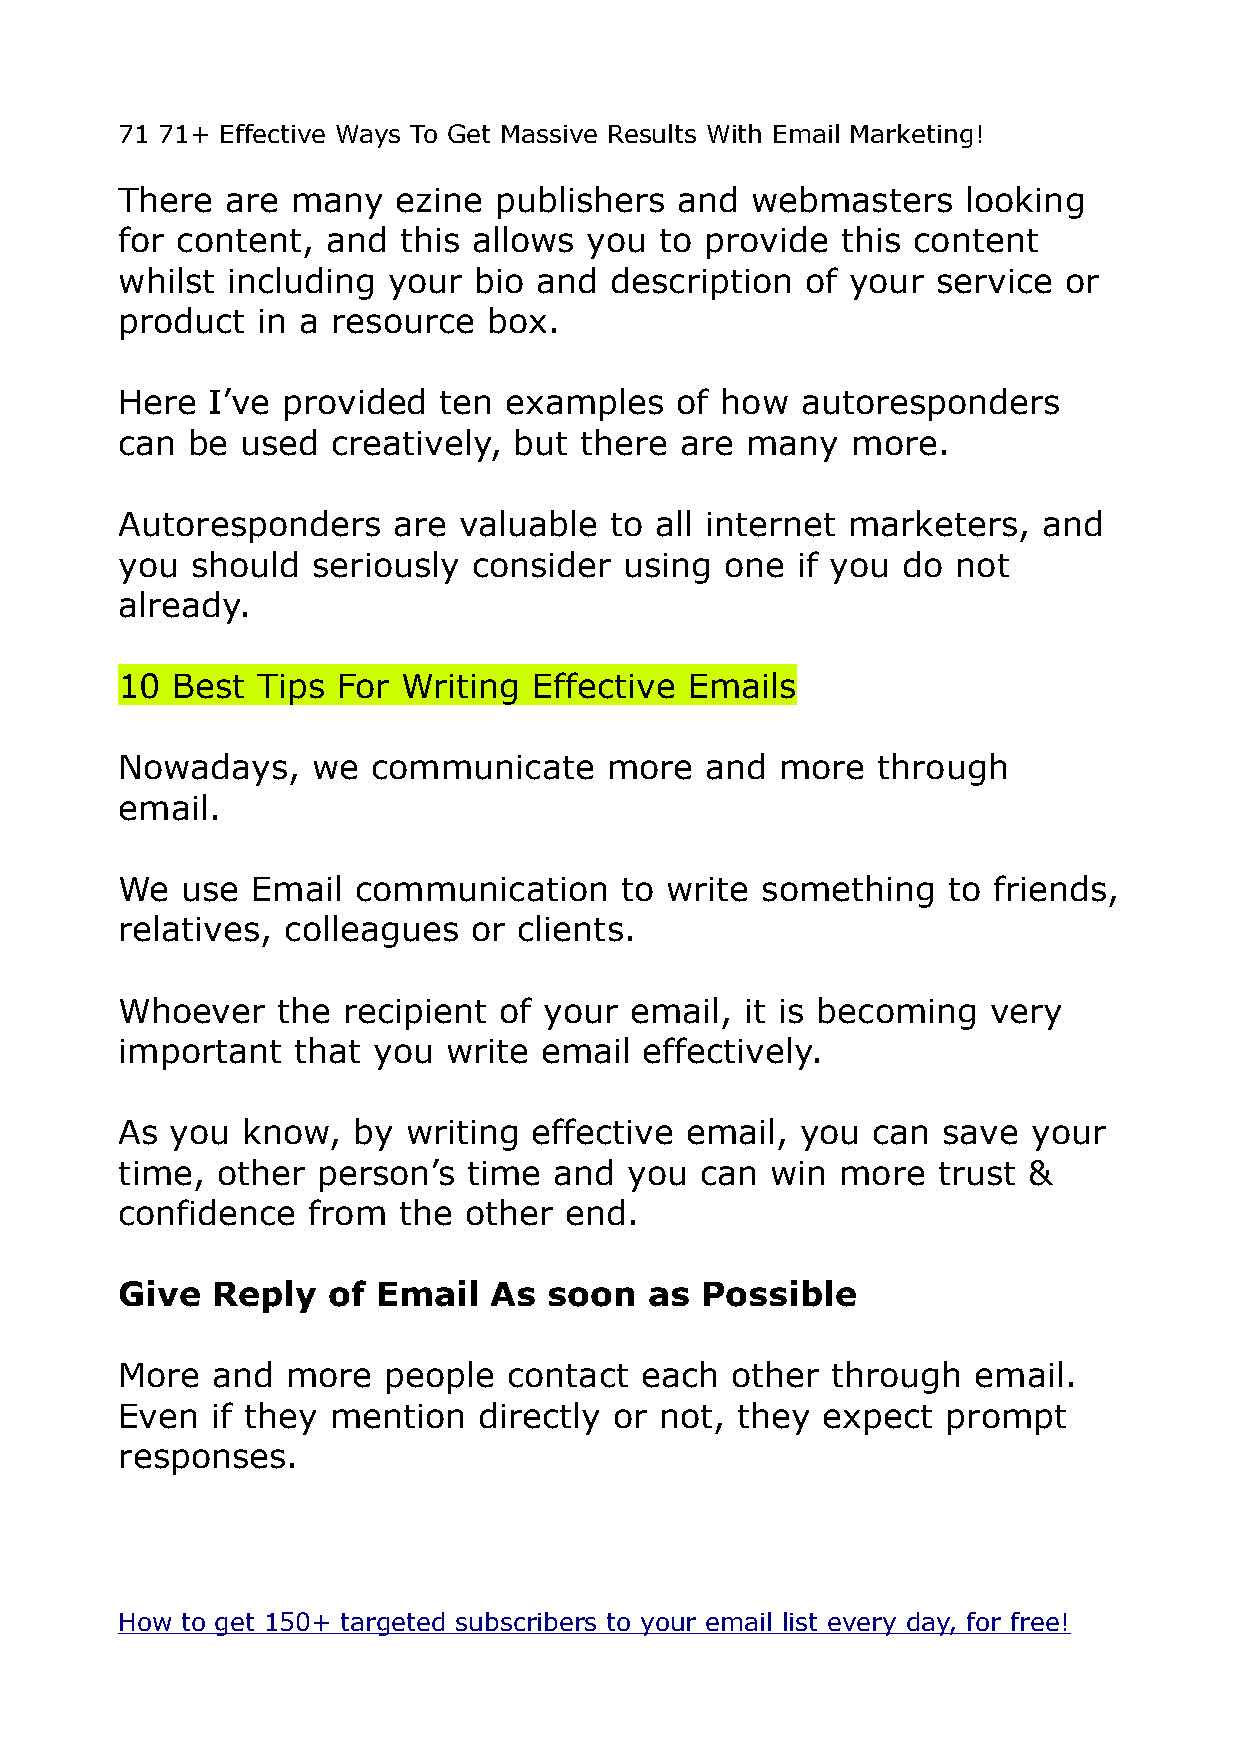
71 71+ Effective Ways To Get Massive Results With Email Marketing!
 There  are many   ezine  publishers  and  webmasters    looking
 for content,  and this allows  you  to provide  this content
 whilst including  your bio  and description  of your  service or
 product  in a resource  box.
 Here  I’ve provided  ten examples    of how  autoresponders
 can be  used  creatively, but there  are many   more.
 Autoresponders    are valuable  to all internet marketers,   and
 you  should  seriously consider  using  one  if you do not
 already.
 10 Best  Tips For  Writing Effective  Emails
 Nowadays,    we  communicate    more   and  more  through
 email.
 We  use  Email communication     to write something    to friends,
 relatives, colleagues  or clients.
 Whoever   the  recipient of your  email, it is becoming   very
 important  that  you  write email  effectively.
 As you  know,  by  writing effective email,  you  can save  your
 time, other  person’s  time  and  you can  win  more  trust &
 confidence  from  the  other end.
 Give  Reply   of Email  As  soon   as Possible
 More  and  more  people   contact each  other  through  email.
 Even  if they mention   directly or not, they expect   prompt
 responses.
 How to get 150+ targeted subscribers to your email list every day, for free!